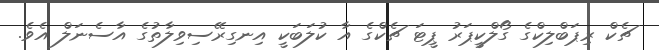
ޗެކް ރިޕަބްލިކްގެ ގޯލްކީޕަރު ޕީޓަ ޗެކްގެ އާ ކުލަބަކީ އިނގިރޭސިވިލާތުގެ އާސެނަލް އެވެ.